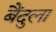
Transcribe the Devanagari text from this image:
बैंदुला